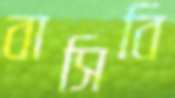
বাসিবি